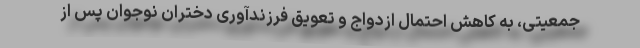
جمعیتی، به کاهش احتمال ازدواج و تعویق فرزندآوری دختران نوجوان پس از